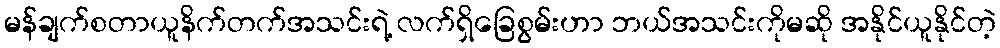
မန်ချက်စတာယူနိက်တက်အသင်းရဲ့ လက်ရှိခြေစွမ်းဟာ ဘယ်အသင်းကိုမဆို အနိုင်ယူနိုင်တဲ့